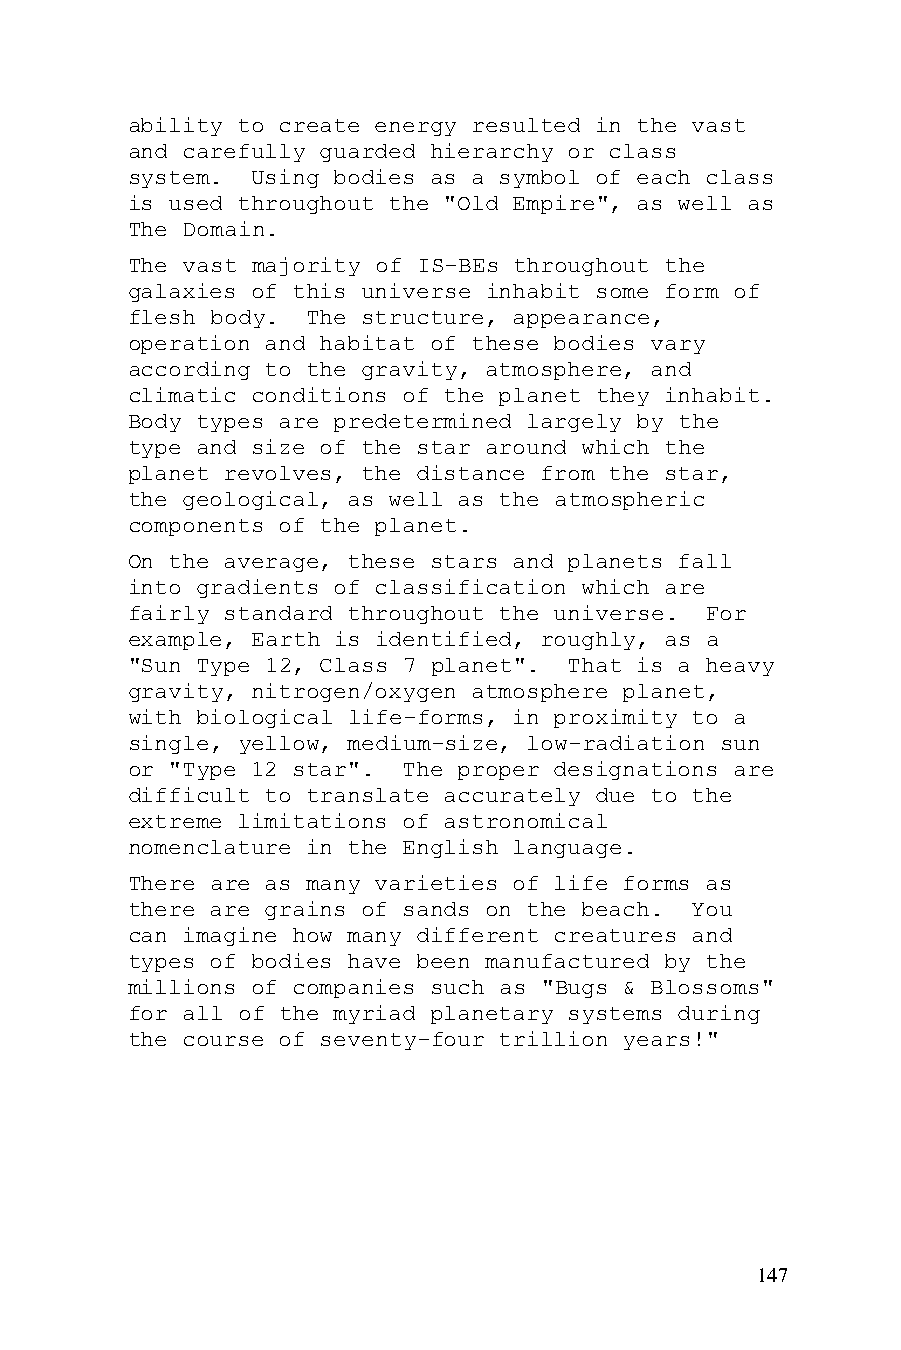
ability to create energy resulted in the vast
 and carefully guarded hierarchy or class
 system.  Using bodies as a symbol of each class
 is used throughout the "Old Empire", as well as
 The Domain.
 The vast majority of IS-BEs throughout the
 galaxies of this universe inhabit some form of
 flesh body. The structure, appearance,
 operation and habitat of these bodies vary
 according to the gravity, atmosphere, and
 climatic conditions of the planet they inhabit.
 Body types are predetermined largely by the
 type and size of the star around which the
 planet revolves, the distance from the star,
 the geological, as well as the atmospheric
 components of the planet.
 On the average, these stars and planets fall
 into gradients of classification which are
 fairly standard throughout the universe. For
 example, Earth is identified, roughly, as a
 "Sun Type 12, Class 7 planet". That is a heavy
 gravity, nitrogen/oxygen atmosphere planet,
 with biological life-forms, in proximity to a
 single, yellow, medium-size, low-radiation sun
 or "Type 12 star". The proper designations are
 difficult to translate accurately due to the
 extreme limitations of astronomical
 nomenclature in the English language.
 There are as many varieties of life forms as
 there are grains of sands on the beach. You
 can imagine how many different creatures and
 types of bodies have been manufactured by the
 millions of companies such as "Bugs & Blossoms"
 for all of the myriad planetary systems during
 the course of seventy-four trillion years!"
 147